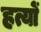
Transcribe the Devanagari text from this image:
हत्यों